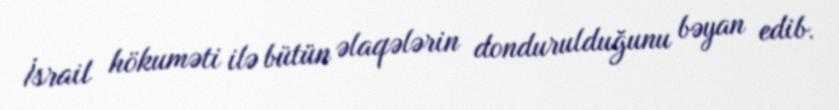
İsrail hökuməti ilə bütün əlaqələrin dondurulduğunu bəyan edib.